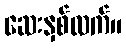
ဆေးနှစ်လက်။